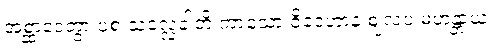
အစ္ဆာဒေတွာ ပစံ သလ္လေခါတိ ကာသော ဝိဒေဟာနံ ဈလပ မဟန္တာယ